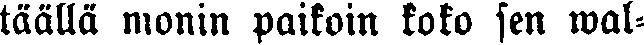
täällä monin paikoin koko sen wal-